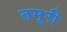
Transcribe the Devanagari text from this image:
तमूरी